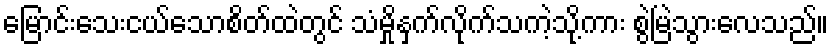
မြောင်းသေးငယ်သောစိတ်ထဲတွင် သံမှိုနှက်လိုက်သကဲ့သို့ကား စွဲမြဲသွားလေသည်။